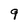
Character: 9